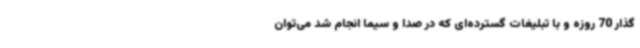
گذار 70 روزه و با تبلیغات گسترده‌ای که در صدا و سیما انجام شد می‌توان